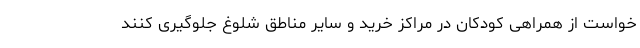
خواست از همراهی کودکان در مراکز خرید و سایر مناطق شلوغ جلوگیری کنند